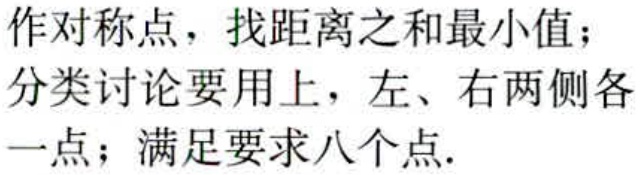
作对称点，找距离之和最小值；

分类讨论要用上，左、右两侧各

一点；满足要求八个点.